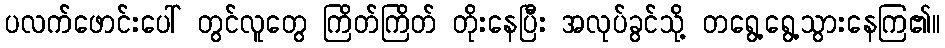
ပလက်ဖောင်းပေါ် တွင်လူတွေ ကြိတ်ကြိတ် တိုးနေပြီး အလုပ်ခွင်သို့ တရွေ့ရွေ့သွားနေကြ၏။